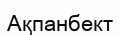
Ақпанбект